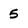
Character: 5